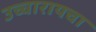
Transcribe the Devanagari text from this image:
उच्चारायचा